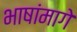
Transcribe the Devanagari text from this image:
भाषांमागे